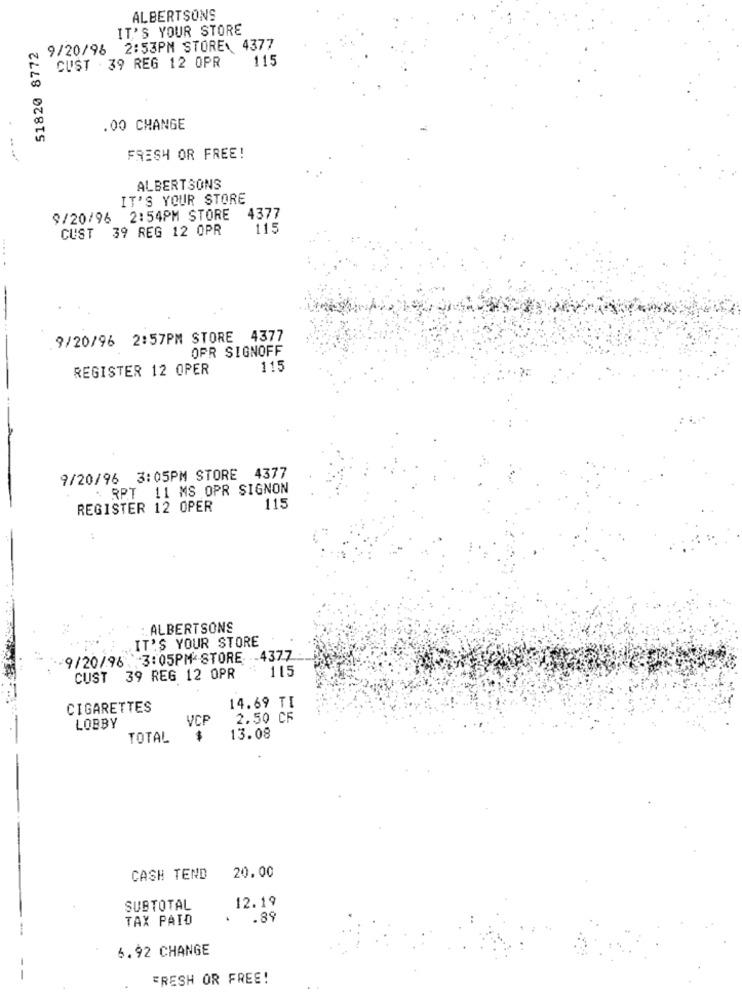
ALBERTSONS
IT'S YOUR STORE
51820 8772
9/20/96 2:53PM STORE: 4377
115
CUST . 39 REG 12 OPR
.00 CHANGE
FRESH OR FREE!
ALBERTSONS
IT'S YOUR STORE
9/20/96 2:54PM STORE
4377
CUST 39 REG 12 OPR
115
9/20/96 2:57PM STORE 4377
OPR SIGNOFF
REGISTER 12 OPER
115
9/20/96 3:05PM STORE 4377
. RPT 11 MS OPR SIGNON
REGISTER 12 OPER
115
: ALBERTSONS
IT'S YOUR STORE
9/20/96 3:05PM STORE -4377
115
CUST 39 REG 12 OPR
CIGARETTES
14.69 TI
VCP
2.50 CF
LOBBY
TOTAL
$
13.08
CASH TEND
20.00
SUBTOTAL
12.19
TAX PAID
. . 89
-
6.92 CHANGE
FRESH OR FREE!